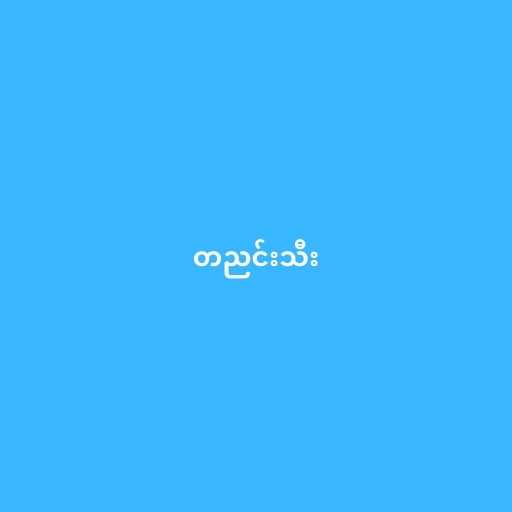
တညင်းသီး